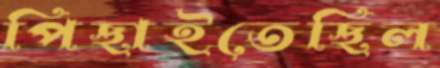
পিছাইতেছিল